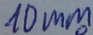
Text: 10mm